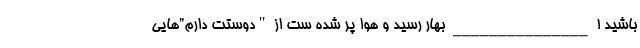
باشید ! _______________ بهار رسید و هوا پر شده ست از "دوستت دارم”هایی